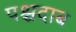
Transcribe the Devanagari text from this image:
पश्चदाब